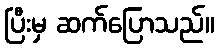
ပြီးမှ ဆက်ပြောသည်။